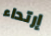
إرتداء